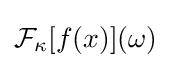
{\cal {F}}_{\kappa }[f(x)](\omega )